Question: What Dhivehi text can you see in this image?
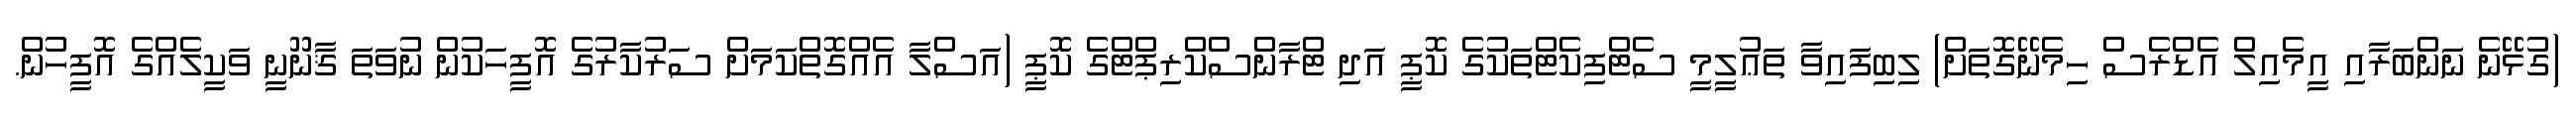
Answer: (ގުޅޭނެ ނަންބަރާއި އީމެއިލް އެޑްރެސް ހިމެނޭގޮތަށް) ލިބިފައިވާ ތަޢުލީމީ ސެޓްފިކެޓްތަކުގެ ކޮޕީ އަދި ޓްރާންސްކްރިޕްޓްގެ ކޮޕީ (އަސްލާ އެއްގޮތްކަމަށް ސަރުކާރުގެ އޮފީހަކުން ނުވަތަ ޤާނޫނީ ވަކީލެއްގެ އޮފީހުން.